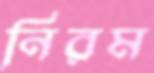
নিরম